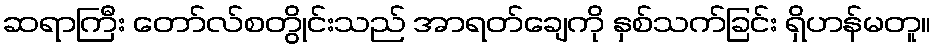
ဆရာကြီး တော်လ်စတွိုင်းသည် အာရတ်ချေကို နှစ်သက်ခြင်း ရှိဟန်မတူ။